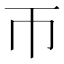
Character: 帀